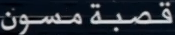
قصبةمسون